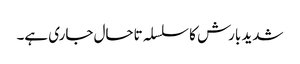
شدید بارش کا سلسلہ تاحال جاری ہے۔